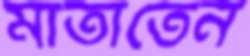
মাতাতেন